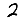
Digit: 2